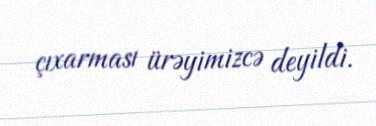
çıxarması ürəyimizcə deyildi.